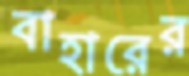
বাহারের